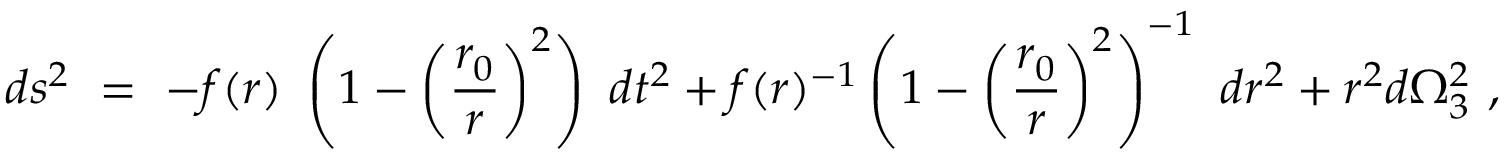
d s ^ { 2 } ~ = ~ - f ( r ) ~ \left( 1 - \left( \frac { r _ { 0 } } { r } \right) ^ { 2 } \right) ~ d t ^ { 2 } + f ( r ) ^ { - 1 } \left( 1 - \left( \frac { r _ { 0 } } { r } \right) ^ { 2 } \right) ^ { - 1 } ~ d r ^ { 2 } + r ^ { 2 } d \Omega _ { 3 } ^ { 2 } ~ ,